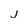
Character: j